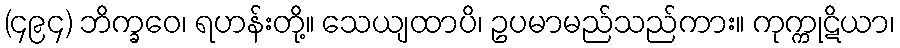
(၄၉၄) ဘိက္ခဝေ၊ ရဟန်းတို့။ သေယျထာပိ၊ ဥပမာမည်သည်ကား။ ကုက္ကုဋိယာ၊